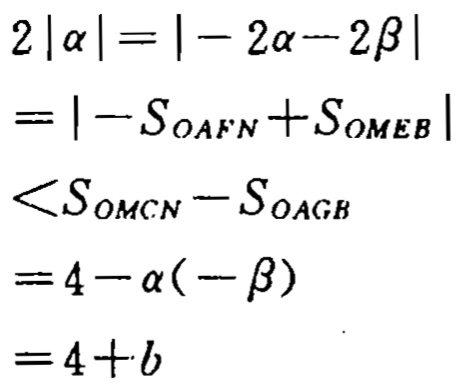
\[
\begin{align*}
2|\alpha|&=|-2\alpha - 2\beta|\\
&=|-S_{OAFN}+S_{OMEB}|\\
&<S_{OMCN}-S_{OAGB}\\
&=4 - \alpha(-\beta)\\
&=4 + b
\end{align*}
\]